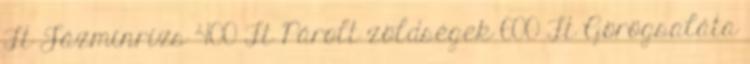
Ft Jázminrizs 400 Ft Párolt zöldségek 600 Ft Görögsaláta